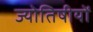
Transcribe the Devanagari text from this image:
ज्योतिषीयों